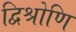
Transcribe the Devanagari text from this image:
द्विश्रोणि